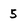
Character: 5